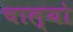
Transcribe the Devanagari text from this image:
चाल्यो